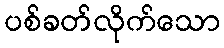
ပစ်ခတ်လိုက်သော